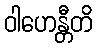
ဝါဟေန္တီတိ